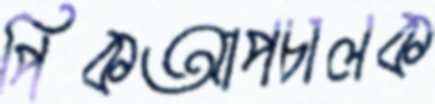
পিকআপচালক